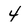
Character: 4